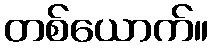
တစ်ယောက်။